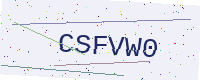
Text: CSFVW0